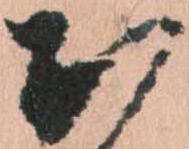
於